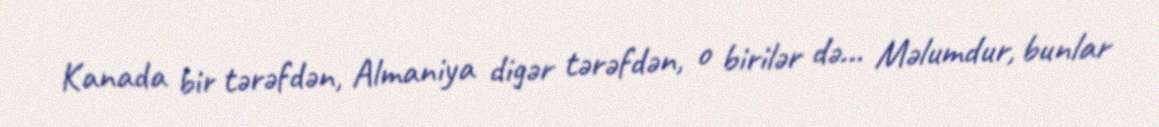
Kanada bir tərəfdən, Almaniya digər tərəfdən, o birilər də... Məlumdur, bunlar